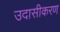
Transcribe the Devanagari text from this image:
उदासीकरण